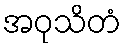
အဝုသိတံ